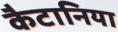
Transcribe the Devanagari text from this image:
कैटानिया